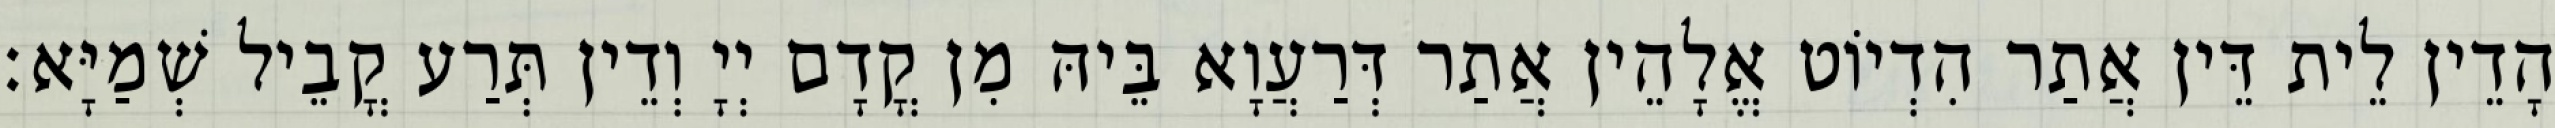
הָדֵין לֵית דֵּין אֲתַר הִדְיוֹט אֱלָהֵין אֲתַר דְּרַעֲוָא בֵּיהּ מִן קֳדָם יְיָ וְדֵין תְּרַע קֳבֵיל שְׁמַיָּא׃